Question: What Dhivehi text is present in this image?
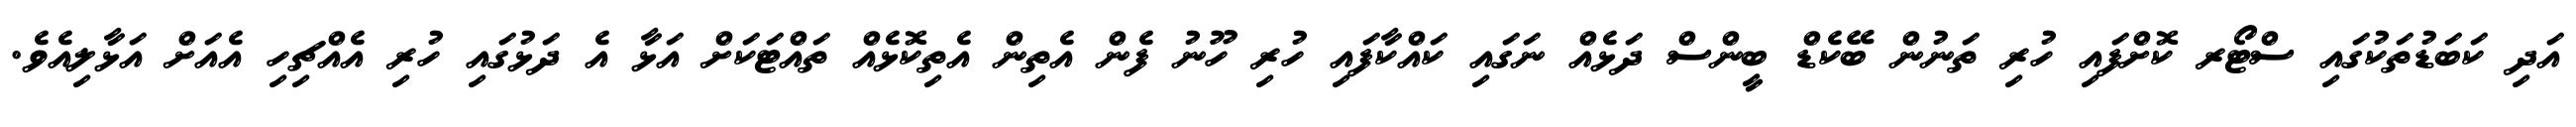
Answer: އަދި ކަބަޑުތަކުގައި ސްޓޯރ ކޮށްފައި ހުރި ތަނުން ބޭކެޑް ބީންސް ދަޅެއް ނަގައި ކައްކާފައި ހުރި ހޫނު ފެން އެތިން އެތިކޮޅެއް ތައްޓަކަށް އަޅާ އެ ދަޅުގައި ހުރި އެއްޗިހި އެއަށް އަޅާލިއެވެ.